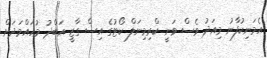
އެމަނިކުފާނު މިއަދު ވެސް ވަނީ ކްރިމިނަލް ކޯޓުގެ އިސް ގާޒީ އަބްދު މުހައްމަދަށް